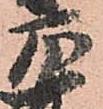
房